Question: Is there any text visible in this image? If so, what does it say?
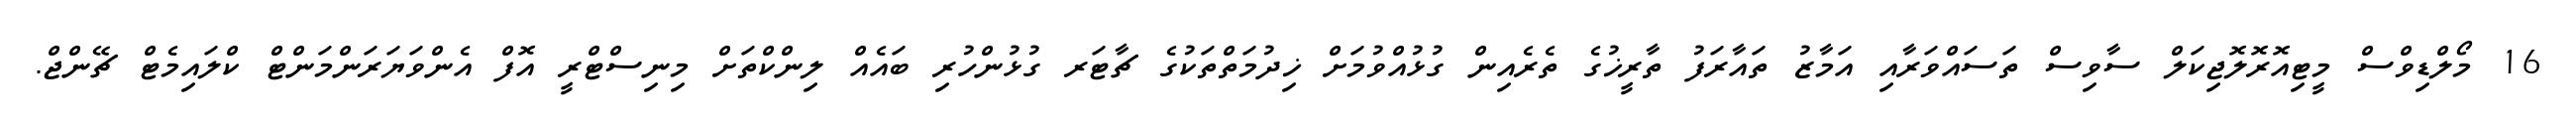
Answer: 16 މޯލްޑިވްސް މީޓިއޮރޮލޮޖިކަލް ސާވިސް ތަސައްވަރާއި އަމާޒު ތައާރަފު ތާރީޚުގެ ތެރެއިން ގުޅުއްވުމަށް ޚިދުމަތްތަކުގެ ޗާޓަރ ގުޅުންހުރި ބައެއް ލިންކްތަށް މިނިސްޓްރީ އޮފް އެންވަޔަރަންމަންޓް ކްލައިމެޓް ޗޭންޖް.